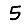
Digit: 5